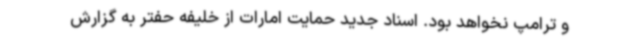
و ترامپ نخواهد بود. اسناد جدید حمایت امارات از خلیفه حفتر به گزارش